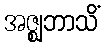
အဇ္ဈဘာသိံ